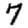
Digit: 7